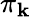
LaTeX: \pi_{\mathbf{k}}